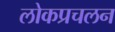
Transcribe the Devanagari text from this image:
लोकप्रचलन